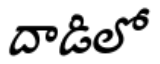
దాడిలో